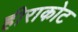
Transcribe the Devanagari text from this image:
हीराकोट